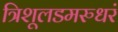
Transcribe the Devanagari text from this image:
त्रिशूलडमरुधरं